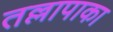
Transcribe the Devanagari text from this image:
तल्लापाका